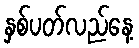
နှစ်ပတ်လည်နေ့